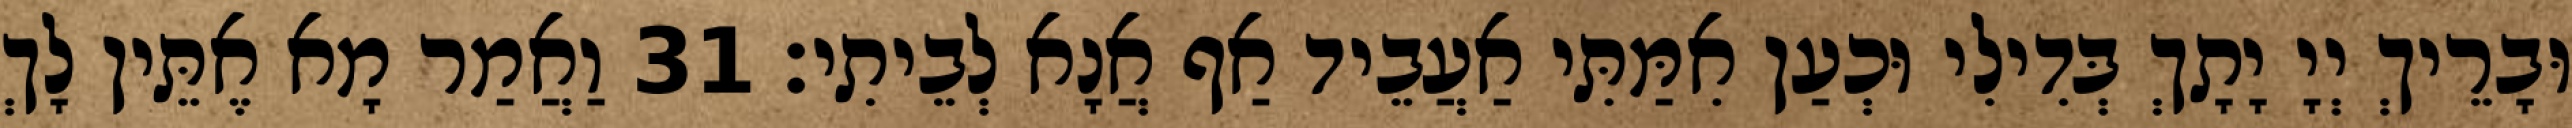
וּבָרֵיךְ יְיָ יָתָךְ בְּדִילִי וּכְעַן אִמַּתִּי אַעֲבֵיד אַף אֲנָא לְבֵיתִי׃ 31 וַאֲמַר מָא אֶתֵּין לָךְ